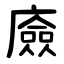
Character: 㢛